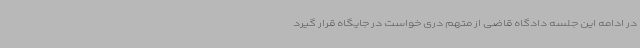
در ادامه این جلسه دادگاه قاضی از متهم دری خواست در جایگاه قرار گیرد